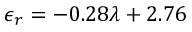
\epsilon _ { r } = - 0 . 2 8 \lambda + 2 . 7 6